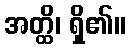
အတ္ထိ၊ ရှိ၏။